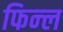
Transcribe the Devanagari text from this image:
फिन्ल